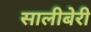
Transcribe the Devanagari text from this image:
सालीबेरी